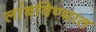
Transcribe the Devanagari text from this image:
लांबविण्यात